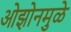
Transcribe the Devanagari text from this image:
ओझोनमुळे